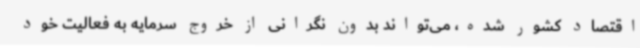
اقتصاد کشور شده، می‌تواند بدون نگرانی از خروج سرمایه به فعالیت خود